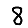
Digit: 8